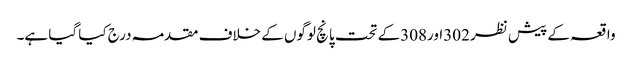
واقعہ کے پیش نظر 302اور308کے تحت پانچ لوگوں کے خلاف مقدمہ درج کیا گیا ہے۔